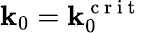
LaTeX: \mathbf{k}_{0}=\mathbf{k}_{0}^{\mathrm{{~c~r~i~t~}}}